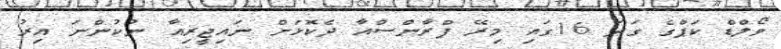
ވޯލްޑް ކަޕްގެ ގަދަ 16ގައި މިރޭ ފްރާންސްއާ ދެކޮޅަށް ނައިޖީރިއާ ނުކުންނަ އިރު